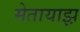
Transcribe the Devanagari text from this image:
मेतायाझ़